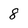
Character: 8